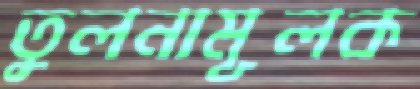
তুলনামূলক